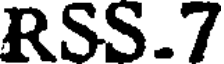
RSS.7